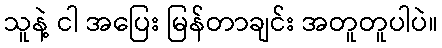
သူနဲ့ ငါ အပြေး မြန်တာချင်း အတူတူပါပဲ။